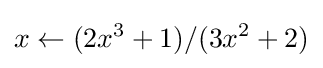
x\gets (2x^{3}+1)/(3x^{2}+2)